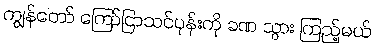
ကျွန်တော် ကြော်ငြာသင်ပုန်းကို ခဏ သွား ကြည့်မယ်